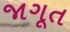
જાગૂત